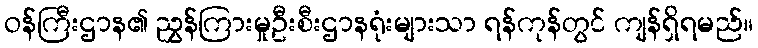
ဝန်ကြီးဌာန၏ ညွှန်ကြားမှုဦးစီးဌာနရုံးများသာ ရန်ကုန်တွင် ကျန်ရှိရမည်။